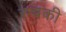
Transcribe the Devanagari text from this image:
रुचकी